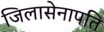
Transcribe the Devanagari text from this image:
जिलासेनापति